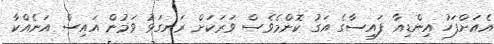
އެއަށްފަހު އިންޑިއާ ފައިސާގެ އަގު ކޮންމެވެސް ވަރަކަށް ރަނގަޅު ވަމުން އައިސް އަނެއްކާ